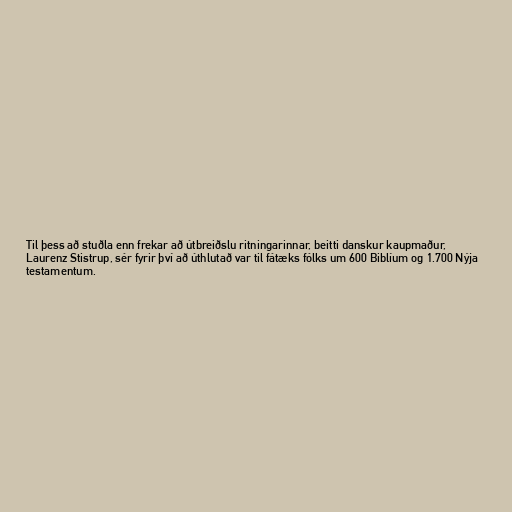
Til þess að stuðla enn frekar að útbreiðslu ritningarinnar, beitti danskur kaupmaður,
Laurenz Stistrup, sér fyrir því að úthlutað var til fátæks fólks um 600 Biblíum og 1.700 Nýja
testamentum.